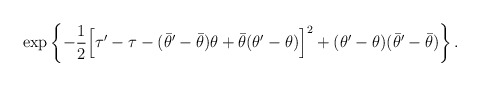
\begin{align*}\exp\left\{ -\frac{1}{2} \Bigl[ \tau'- \tau -(\bar\theta' - \bar\theta) \theta +\bar\theta (\theta' - \theta) \Bigr]^2 + (\theta' - \theta)(\bar\theta' - \bar\theta) \right\}.\end{align*}